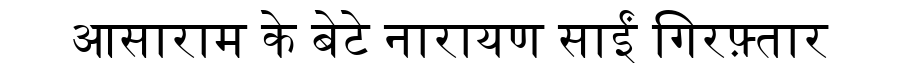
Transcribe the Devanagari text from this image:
आसाराम के बेटे नारायण साईं गिरफ़्तार